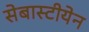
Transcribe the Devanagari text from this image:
सेबास्टीयेन